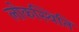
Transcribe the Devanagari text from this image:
लोकस्थिति